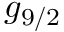
g _ { 9 / 2 }